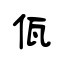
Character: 佤